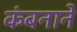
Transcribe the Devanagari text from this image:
कंबनाने